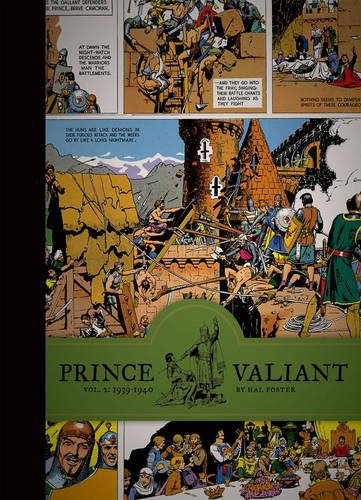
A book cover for Prince Valiant, Vol. 2: 1939-1940; Hal Foster; Comics & Graphic Novels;